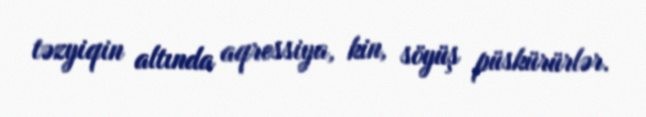
təzyiqin altında aqressiya, kin, söyüş püskürürlər.